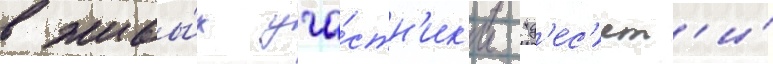
в живы́х уча́стн'ик'и "д'ес'ят'и́